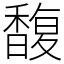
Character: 馥